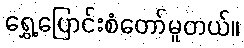
ရွှေ့ပြောင်းစံတော်မူတယ်။